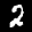
Label: 2